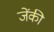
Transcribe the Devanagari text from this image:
जेंकी